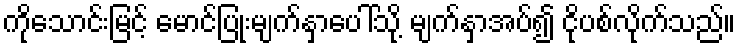
ကိုသောင်းမြင့် မောင်ပြုံးမျက်နှာပေါ်သို့ မျက်နှာအပ်၍ ငိုပစ်လိုက်သည်။